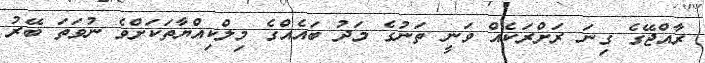
ރާއްޖޭގެ ގިނަ ރަށްރަކެއް ވަނީ ތަނުގެ މަދު ބައެއްގެ މިލްކިއްޔާތަކަށްވެ ނުވަތަ ބޭރު